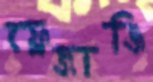
ফ্রেজাঞ্জি